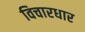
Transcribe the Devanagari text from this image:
विचारधार